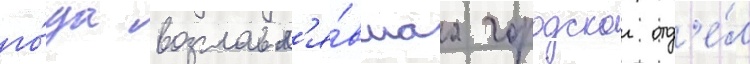
го́да возглавл'я́вшаа городскои отд'е́л